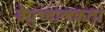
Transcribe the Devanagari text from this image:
वैद्युच्चालकता